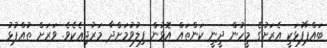
ބައްޕާފުޅަކީ އެރަށުގެ މީހުން ދީނީ ކަންތައް އޮޅުން ފިލުވުމަށްދާ މަރުޖިޢެކެވެ. ވަރަށް ތުއްޕުޅު